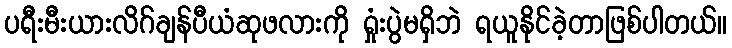
ပရီးမီးယားလိဂ်ချန်ပီယံဆုဖလားကို ရှုံးပွဲမရှိဘဲ ရယူနိုင်ခဲ့တာဖြစ်ပါတယ်။